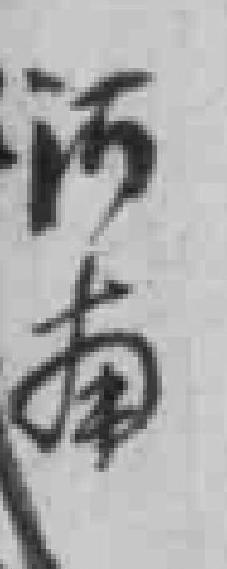
河南